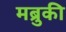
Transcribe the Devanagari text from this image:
मब्रुकी